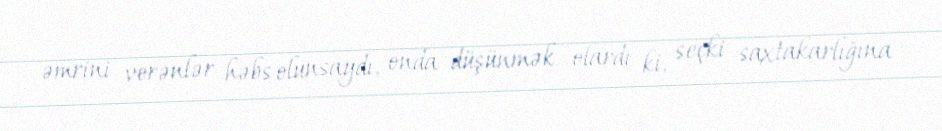
əmrini verənlər həbs olunsaydı, onda düşünmək olardı ki, seçki saxtakarlığına